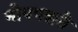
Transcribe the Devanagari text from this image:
नोपपद्यते